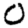
Digit: 0